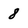
Character: 8